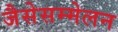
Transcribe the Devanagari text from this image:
जैसेसम्मेलन